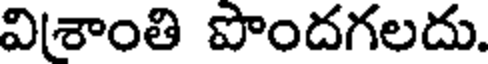
వి(శాంతి పొందగలదు.